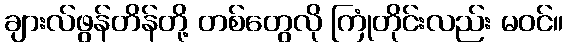
ချားလ်ဖွန်တိန်တို့ တစ်တွေလို ကြုံတိုင်းလည်း မဝင်။